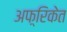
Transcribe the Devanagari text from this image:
अफ़्रिकेत